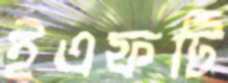
ইএফটি